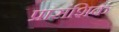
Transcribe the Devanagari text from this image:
प्रासंशिक